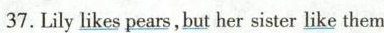
37.Lily likes pears,but her sister like them.